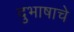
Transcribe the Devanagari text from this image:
दुभाषाचे